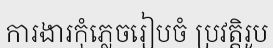
ការងារកុំភ្លេចរៀបចំ ប្រវត្តិរូប